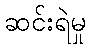
ဆင်းရဲမှု